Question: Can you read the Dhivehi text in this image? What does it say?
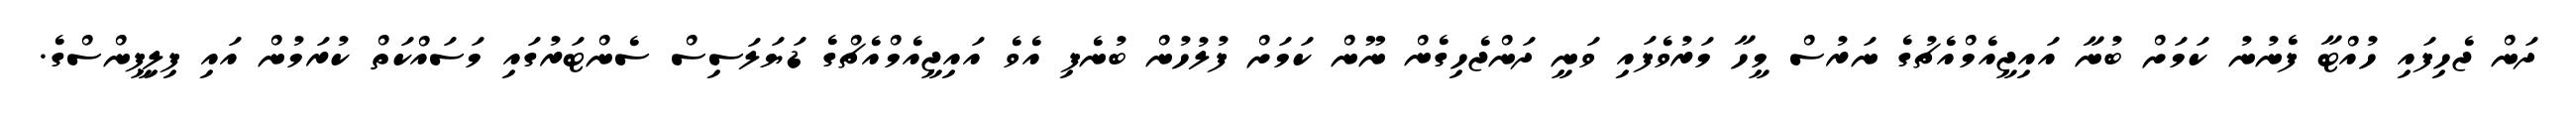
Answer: ދަން ޖެހިފައި ހުއްޓާ ފެނުނު ކަމަށް ބުނާ އައިޖީއެމްއެޗުގެ ނަރުސް މީހާ މަރުވެފައި ވަނީ ދަންޖެހިގެން ނޫން ކަމަށް ފުލުހުން ބުނެފި އެވެ އައިޖީއެމްއެޗްގެ ޑަޔަލަސިސް ސެންޓަރުގައި މަސައްކަތް ކުރަމުން އައި ފިލިޕީންސްގެ.